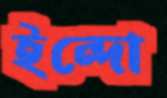
ইন্দো